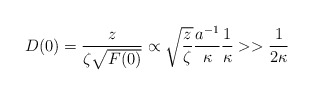
\begin{align*}D(0)=\frac{z}{\zeta \sqrt {F(0)}}\propto\sqrt{\frac{z}{\zeta}}\frac{a^{-1}}{\kappa}\frac{1}{\kappa}>>\frac{1}{2\kappa}\end{align*}